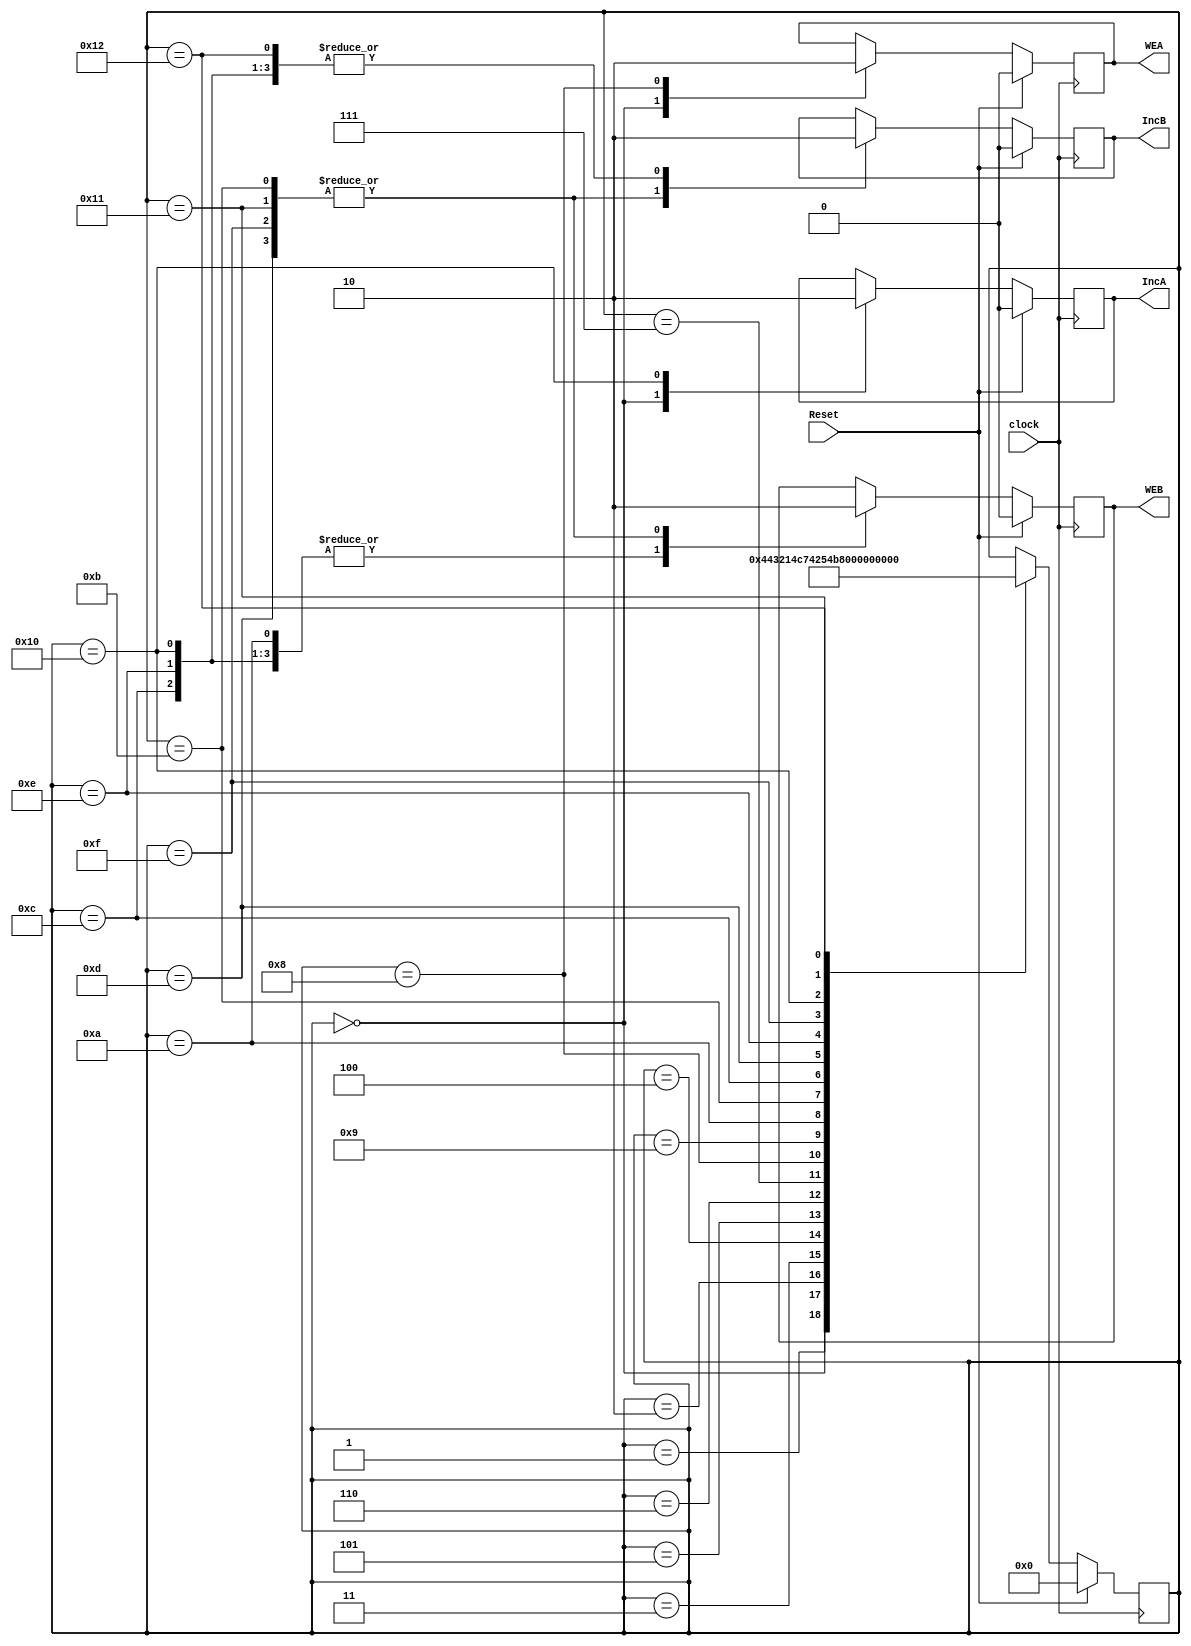
module cont(input clock,input Reset, output reg IncA, output reg IncB, output reg WEA, output reg WEB);

reg [4:0]ps,ns;

always @ (posedge clock)
begin

ps=ns;

if (Reset)
 begin
IncA <= 1'b0;
IncB <= 1'b0;
WEA <= 1'b0;
WEB <= 1'b0;
ns<=5'd0;
end

else
begin

case (ps)

5'd0:
begin
IncA <= 1'b1;
WEA <= 1'b1;
ns<=5'd1;
end

5'd1:
begin
ns<=5'd2;
end

5'd2:
begin
ns<=5'd3;
end

5'd3:
begin
ns<=5'd4;
end

5'd4:
begin
ns<=5'd5;
end

5'd5:
begin
ns<=5'd6;
end

5'd6:
begin
ns<=5'd7;
end

5'd7:
begin
ns<=5'd8;
end

5'd8:
begin
WEA <= 1'b0;
ns<=5'd9;
end

5'd9:
begin
ns<=5'd10;
end

5'd10:
begin
WEB <= 1'b1;
ns<=5'd11;
end

5'd11:
begin
IncB <= 1'b1;
WEB <= 1'b0;
ns<=5'd12;
end

5'd12:
begin
IncB <= 1'b0;
WEB <= 1'b1;
ns<=5'd13;
end

5'd13:
begin
IncB <= 1'b1;
WEB <= 1'b0;
ns<=5'd14;
end

5'd14:
begin
IncB <= 1'b0;
WEB <= 1'b1;
ns<=5'd15;
end

5'd15:
begin
IncB <= 1'b1;
WEB <= 1'b0;
ns<=5'd16;
end

5'd16:
begin
IncA <= 1'b0;
IncB <= 1'b0;
WEB <= 1'b1;
ns<=5'd17;
end

5'd17:
begin
IncB <= 1'b1;
WEB <= 1'b0;
ns<=5'd18;
end

5'd18:
begin
IncB <= 1'b0;
ns<=5'd0;
end

endcase

end
end

endmodule